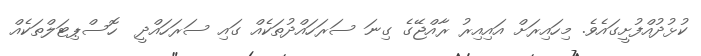
ކުޅުދުއްފުށީގައެވެ. މިހައިރަށް އައިއިރު ރާއްޖޭގެ ގިނަ ސަރަހައްދުތަކެއް ގައި ސަރަހައްދީ  ހޮސްޕިޓަލްތަކެއް